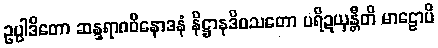
ဥပ္ပါဒိတော ဆန္ဒရာဂဝိနောဒနံ နိဋ္ဌာနဒိဝသတော ပရိဍယှန္တီတိ မာဠောပိ